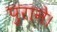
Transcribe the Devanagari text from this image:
पुराने।